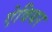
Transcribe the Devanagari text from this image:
ऐवियर